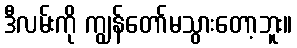
ဒီလမ်းကို ကျွန်တော်မသွားတော့ဘူး။